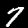
Label: 7